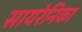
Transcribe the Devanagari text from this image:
सायरेनिका